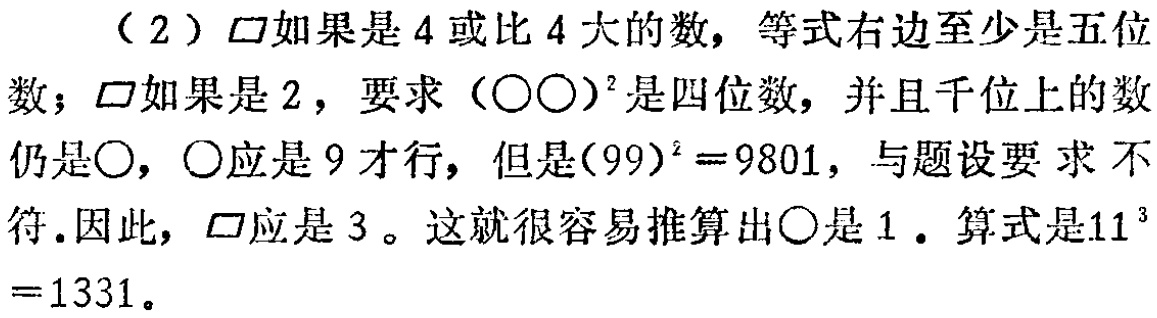
（2）$\square$如果是4或比4大的数，等式右边至少是五位数；$\square$如果是2，要求$(\bigcirc\bigcirc)^2$是四位数，并且千位上的数仍是$\bigcirc$，$\bigcirc$应是9才行，但是$(99)^2 = 9801$，与题设要求不符.因此，$\square$应是3 。这就很容易推算出$\bigcirc$是1 . 算式是$11^{3}=1331$。